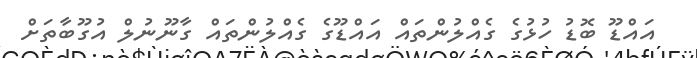
އައްޑޫ ބޮޑު ހުޅުގެ ގެއްލުންތައް އައްޑޫގެ ގެއްލުންތައް ގާނޫނުލް އުގޫބާތަށް